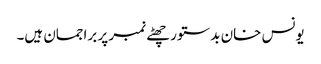
یونس خان بدستور چھٹے نمبر پر براجمان ہیں۔